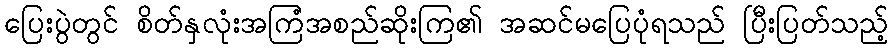
ပြေးပွဲတွင် စိတ်နှလုံးအကြံအစည်ဆိုးကြ၏ အဆင်မပြေပုံရသည် ပြီးပြတ်သည့်